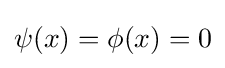
\psi (x)=\phi (x)=0